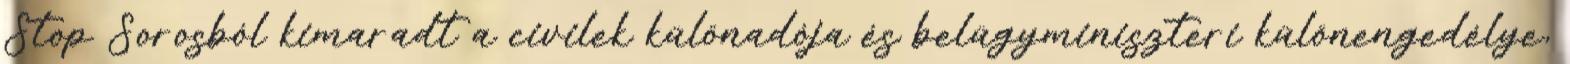
Stop Sorosból kimaradt a civilek különadója és belügyminiszteri különengedélye,